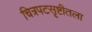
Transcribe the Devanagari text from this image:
चित्रपटसृष्टीतला